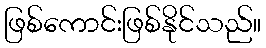
ဖြစ်ကောင်းဖြစ်နိုင်သည်။